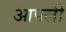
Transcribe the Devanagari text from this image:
आपलीं